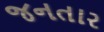
જનતાર